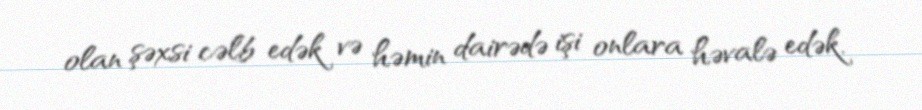
olan şəxsi cəlb edək və həmin dairədə işi onlara həvalə edək.